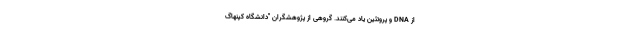
از DNA و پروتئین‌ یاد می‌کنند. گروهی از پژوهشگران "دانشگاه کپنهاگ